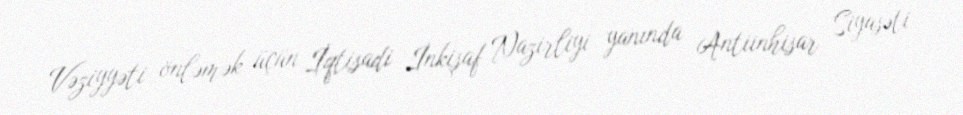
Vəziyyəti önləmək üçün İqtisadi İnkişaf Nazirliyi yanında Antiinhisar Siyasəti